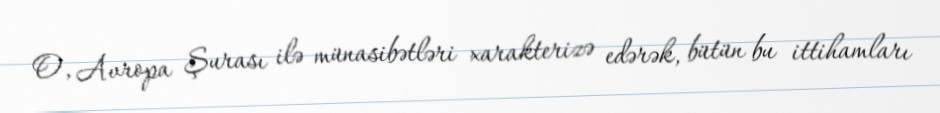
O, Avropa Şurası ilə münasibətləri xarakterizə edərək, bütün bu ittihamları